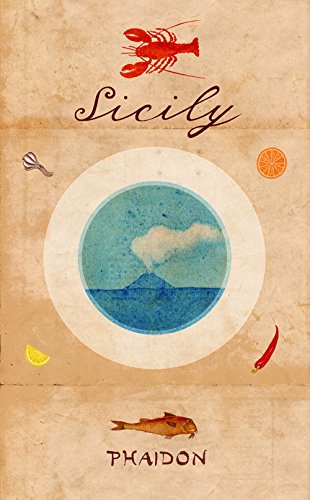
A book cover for Sicily; The Silver Spoon Kitchen; Cookbooks, Food & Wine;